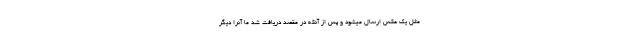
مثل یک عکس ارسال میشود و پس از آنکه در مقصد دریافت شد ما آنرا دیگر